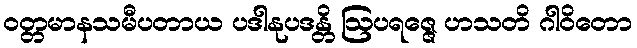
ဝတ္တမာနသမီပတာယ ပဒါနုပဒန္တိ ဩပရဇ္ဇေ ဟသတိ ဂါဝိတော